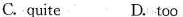
C.quite D.too